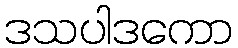
ဒသပါဒကော